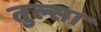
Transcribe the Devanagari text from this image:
तुल्सा